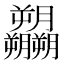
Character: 𬂚